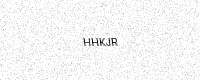
Text: HHKJR